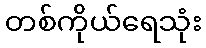
တစ်ကိုယ်ရေသုံး